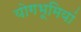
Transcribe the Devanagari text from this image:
योगभूमियां